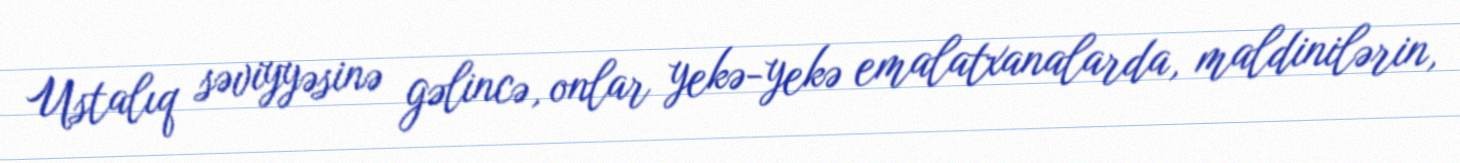
Ustalıq səviyyəsinə gəlincə, onlar yekə-yekə emalatxanalarda, maldinilərin,